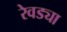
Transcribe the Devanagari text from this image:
रेवड्या